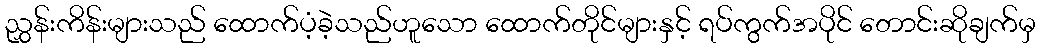
ညွှန်းကိန်းများသည် ထောက်ပံ့ခဲ့သည်ဟူသော ထောက်တိုင်များနှင့် ရပ်ကွက်အပိုင် တောင်းဆိုချက်မှ